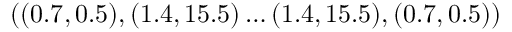
( ( 0 . 7 , 0 . 5 ) , ( 1 . 4 , 1 5 . 5 ) \dots ( 1 . 4 , 1 5 . 5 ) , ( 0 . 7 , 0 . 5 ) )